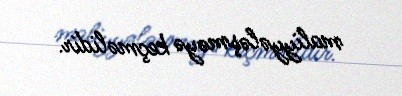
maliyyələşməyə keçməlidir.